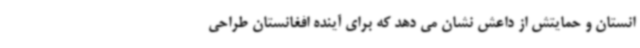
انستان و حمایتش از داعش نشان می دهد که برای آینده افغانستان طراحی